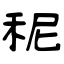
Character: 秜